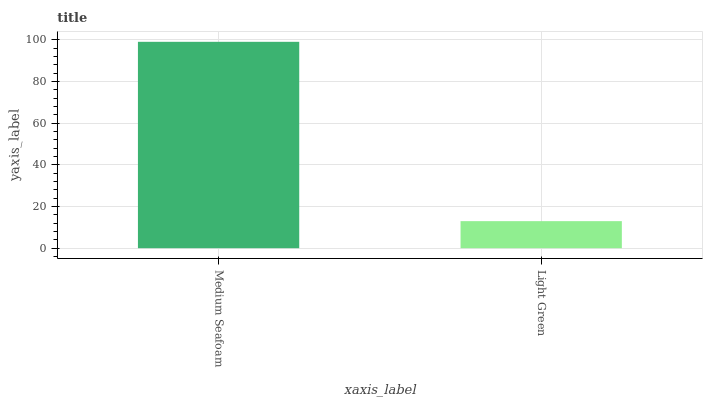
| xaxis_label | bars |
 | --- | --- |
 | Medium Seafoam | 99 |
 | Light Green | 13 |